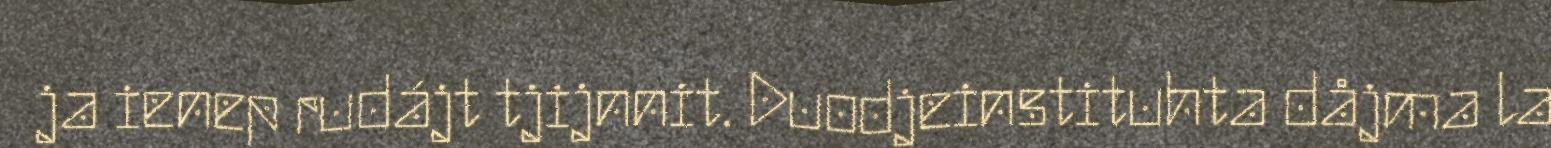
ja ienep rudájt tjijnnit. Duodjeinstituhta dåjma la